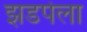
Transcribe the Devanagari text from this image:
झडपेला